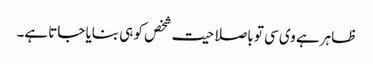
ظاہر ہے وی سی تو باصلاحیت شخص کو ہی بنایا جاتا ہے۔